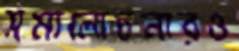
সমালোচনারও